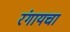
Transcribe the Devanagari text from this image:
रंगायचा